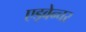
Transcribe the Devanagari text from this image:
एड्वेन्चर